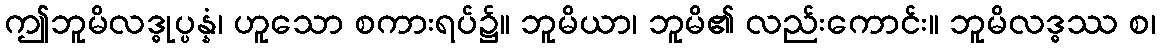
ဤဘူမိလဒ္ဓုပ္ပန္နံ၊ ဟူသော စကားရပ်၌။ ဘူမိယာ၊ ဘူမိ၏ လည်းကောင်း။ ဘူမိလဒ္ဓဿ စ၊